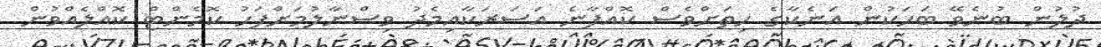
ދުލުން ބުނެވޭ ބަހަކުން އަނެކާގެ ހިތަށްވެސް ކޮއްފާނެ އަސަރަކާއިމެދު ވިސްނާލުމަށްފަހު ކޮމެންޓް ކޮއްލެއްވުން